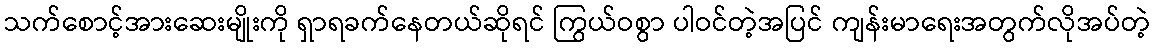
သက်စောင့်အားဆေးမျိုးကို ရှာရခက်နေတယ်ဆိုရင် ကြွယ်ဝစွာ ပါဝင်တဲ့အပြင် ကျန်းမာရေးအတွက်လိုအပ်တဲ့